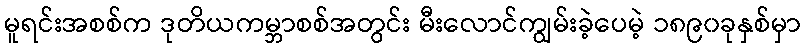
မူရင်းအစစ်က ဒုတိယကမ္ဘာစစ်အတွင်း မီးလောင်ကျွမ်းခဲ့ပေမဲ့ ၁၈၉၀ခုနှစ်မှာ